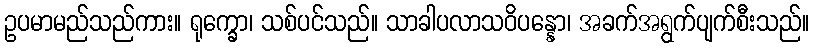
ဥပမာမည်သည်ကား။ ရုက္ခော၊ သစ်ပင်သည်။ သာခါပလာသဝိပန္နော၊ အခက်အရွက်ပျက်စီးသည်။